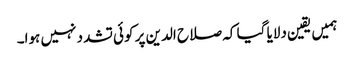
ہمیں یقین دلایا گیا کہ صلاح الدین پر کوئی تشدد نہیں ہوا۔